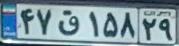
۴۷ق۱۵۸۲۹